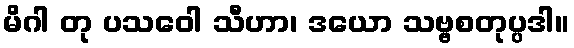
မိဂါ တု ပသဝေါ သီဟာ၊ ဒယော သဗ္ဗစတုပ္ပဒါ။